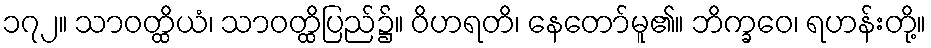
၁၇၂။ သာဝတ္ထိယံ၊ သာဝတ္ထိပြည်၌။ ဝိဟရတိ၊ နေတော်မူ၏။ ဘိက္ခဝေ၊ ရဟန်းတို့။